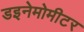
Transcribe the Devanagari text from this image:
डइनेमोमीटर